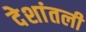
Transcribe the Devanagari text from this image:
देशांतली